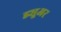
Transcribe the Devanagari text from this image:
ड्यूअर